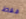
فقط